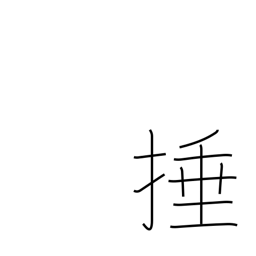
Meaning: strike